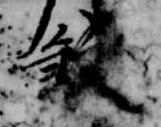
殺